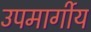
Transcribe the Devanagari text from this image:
उपमार्गीय